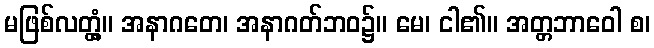
မဖြစ်လတ္တံ့။ အနာဂတေ၊ အနာဂတ်ဘဝ၌။ မေ၊ ငါ၏။ အတ္တဘာဝေါ စ၊